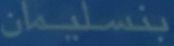
بنسليمان